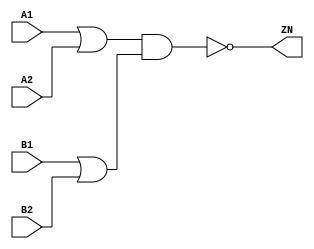
module OAI22_X1 (A1, A2, B1, B2, ZN);
  input A1;
  input A2;
  input B1;
  input B2;
  output ZN;
  not(ZN, i_12);
  and(i_12, i_13, i_14);
  or(i_13, A1, A2);
  or(i_14, B1, B2);
  specify
    if((A2 == 1'b0) && (B1 == 1'b0) && (B2 == 1'b1)) (A1 => ZN) = (0.1, 0.1);
    if((A2 == 1'b0) && (B1 == 1'b1) && (B2 == 1'b0)) (A1 => ZN) = (0.1, 0.1);
    if((A2 == 1'b0) && (B1 == 1'b1) && (B2 == 1'b1)) (A1 => ZN) = (0.1, 0.1);
    if((A1 == 1'b0) && (B1 == 1'b0) && (B2 == 1'b1)) (A2 => ZN) = (0.1, 0.1);
    if((A1 == 1'b0) && (B1 == 1'b1) && (B2 == 1'b0)) (A2 => ZN) = (0.1, 0.1);
    if((A1 == 1'b0) && (B1 == 1'b1) && (B2 == 1'b1)) (A2 => ZN) = (0.1, 0.1);
    if((A1 == 1'b0) && (A2 == 1'b1) && (B2 == 1'b0)) (B1 => ZN) = (0.1, 0.1);
    if((A1 == 1'b1) && (A2 == 1'b0) && (B2 == 1'b0)) (B1 => ZN) = (0.1, 0.1);
    if((A1 == 1'b1) && (A2 == 1'b1) && (B2 == 1'b0)) (B1 => ZN) = (0.1, 0.1);
    if((A1 == 1'b0) && (A2 == 1'b1) && (B1 == 1'b0)) (B2 => ZN) = (0.1, 0.1);
    if((A1 == 1'b1) && (A2 == 1'b0) && (B1 == 1'b0)) (B2 => ZN) = (0.1, 0.1);
    if((A1 == 1'b1) && (A2 == 1'b1) && (B1 == 1'b0)) (B2 => ZN) = (0.1, 0.1);
  endspecify
endmodule